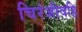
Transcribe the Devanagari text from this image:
चिरंजीवहि